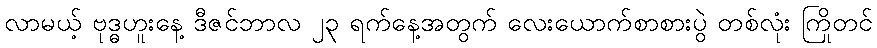
လာမယ့် ဗုဒ္ဓဟူးနေ့ ဒီဇင်ဘာလ ၂၃ ရက်နေ့အတွက် လေးယောက်စာစားပွဲ တစ်လုံး ကြိုတင်